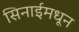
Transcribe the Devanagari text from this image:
सिनाईमधून